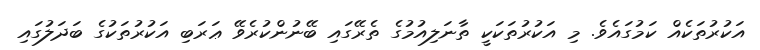
އަކުރުތަކެއް ކަމުގައެވެ. މި އަކުރުތަކަކީ ތާނަލިއުމުގެ ތެރޭގައި ބޭނުންކުރެވޭ ޢަރަބި އަކުރުތަކުގެ ބަދަލުގައި